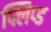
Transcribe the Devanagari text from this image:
फ्लिप्ड